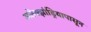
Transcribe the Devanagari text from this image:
अलेक्झांड्रियापासून